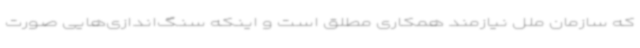
که سازمان ملل نیازمند همکاری مطلق است و اینکه سنگ‌اندازی‌هایی صورت